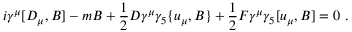
i \gamma ^ { \mu } [ D _ { \mu } , B ] - m B + \frac { 1 } { 2 } D \gamma ^ { \mu } \gamma _ { 5 } \{ u _ { \mu } , B \} + \frac { 1 } { 2 } F \gamma ^ { \mu } \gamma _ { 5 } [ u _ { \mu } , B ] = 0 \, \, .